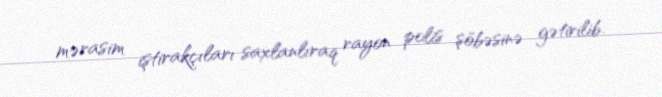
mərasim iştirakçıları saxlanlıraq rayon polis şöbəsinə gətirilib.